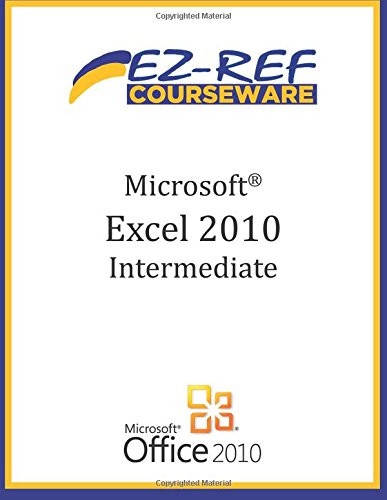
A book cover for Microsoft Excel 2010 - Intermediate: (Student Manual); EZ-Ref Courseware; Education & Teaching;